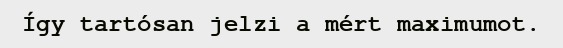
Így tartósan jelzi a mért maximumot.